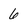
Character: 6